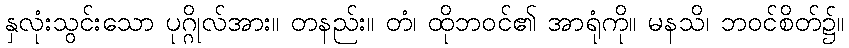
နှလုံးသွင်းသော ပုဂ္ဂိုလ်အား။ တနည်း။ တံ၊ ထိုဘဝင်၏ အာရုံကို။ မနသိ၊ ဘဝင်စိတ်၌။